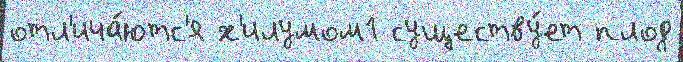
отл'ича́ютс'я х'илумом1 существу́ет плод